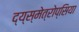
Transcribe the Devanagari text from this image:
द्य्स्मेत्रोप्सिया